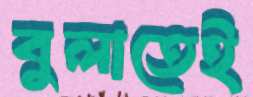
বুলাতেই